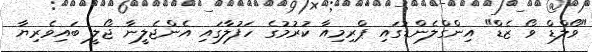
"ވޯލްޑް ވޯ ޒެޑް" އިންގްލެންޑުގައި ޕްރިމިއާ ކުރުމުގެ ހަފުލާގައި އެންޖެލީނާ ޖޯލީ ބައިވެރިޔާ